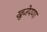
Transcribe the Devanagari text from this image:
खुजेपणा